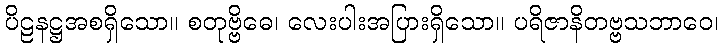
ပိဠနဋ္ဌအစရှိသော။ စတုဗ္ဗိဓေ၊ လေးပါးအပြားရှိသော။ ပရိဇာနိတဗ္ဗသဘာဝေ၊